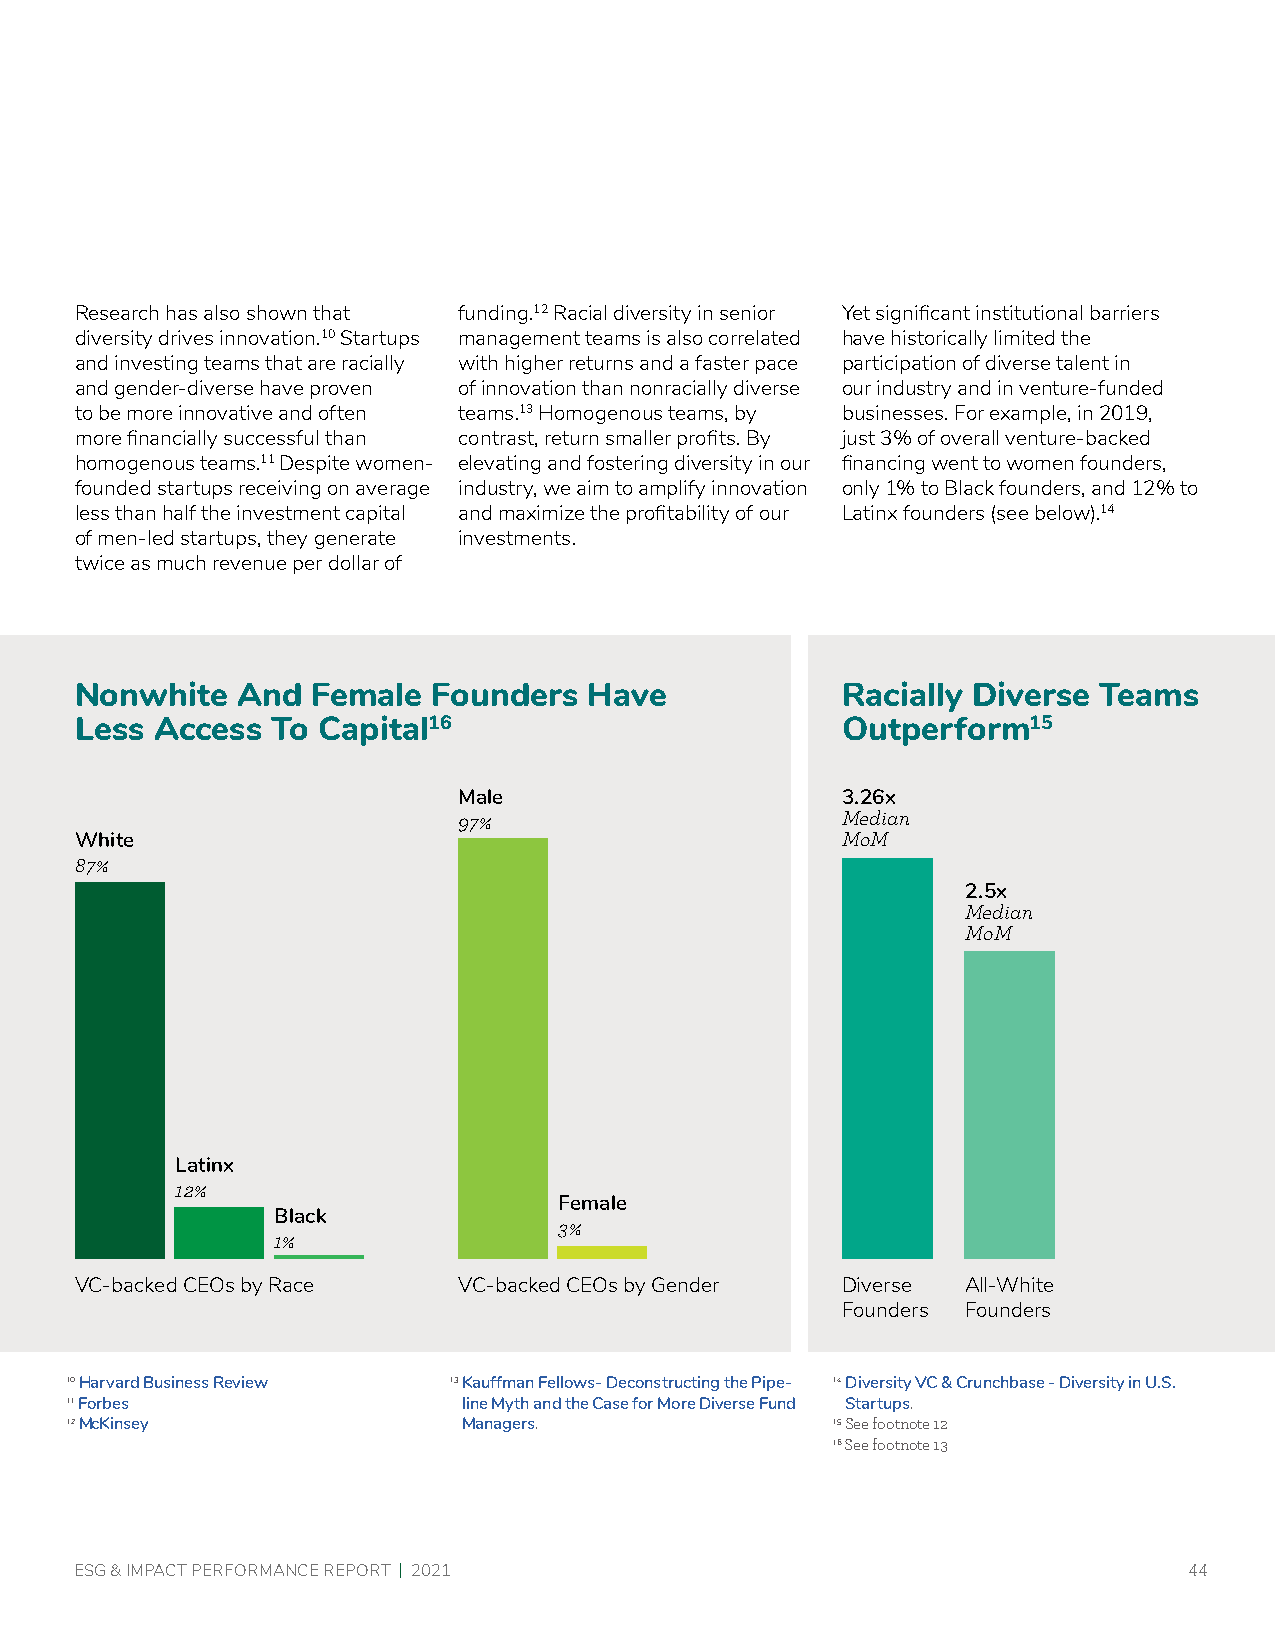
Research has also shown that funding.12 Racial diversity in senior Yet significant institutional barriers
 diversity drives innovation.10 Startups management teams is also correlated have historically limited the
 and investing teams that are racially with higher returns and a faster pace participation of diverse talent in
 and gender-diverse have proven of innovation than nonracially diverse our industry and in venture-funded
 to be more innovative and often teams.13 Homogenous teams, by businesses. For example, in 2019,
 more financially successful than contrast, return smaller profits. By just 3% of overall venture-backed
 homogenous teams.11 Despite women- elevating and fostering diversity in our financing went to women founders,
 founded startups receiving on average industry, we aim to amplify innovation only 1% to Black founders, and 12% to
 less than half the investment capital and maximize the profitability of our Latinx founders (see below).14
 of men-led startups, they generate investments.
 twice as much revenue per dollar of
 Nonwhite   And  Female  Founders  Have             Racially Diverse Teams
 Less Access  To Capital16                          Outperform15
 Male                      3.26x
 97%                       Median
 White                                              MoM
 87%
 2.5x
 Median
 MoM
 Latinx
 12%
 Female
 Black
 3%
 1%
 VC-backed CEOs by Race   VC-backed CEOs by Gender  Diverse All-White
 Founders Founders
 10 Harvard Business Review 13 Kauffman Fellows- Deconstructing the Pipe- 14 Diversity VC & Crunchbase - Diversity in U.S.
 11 Forbes                  line Myth and the Case for More Diverse Fund Startups.
 12 McKinsey                Managers.               15 S ee footnote 12
 16 See footnote 13
 ESG & IMPACT PERFORMANCE REPORT | 2021                                    44